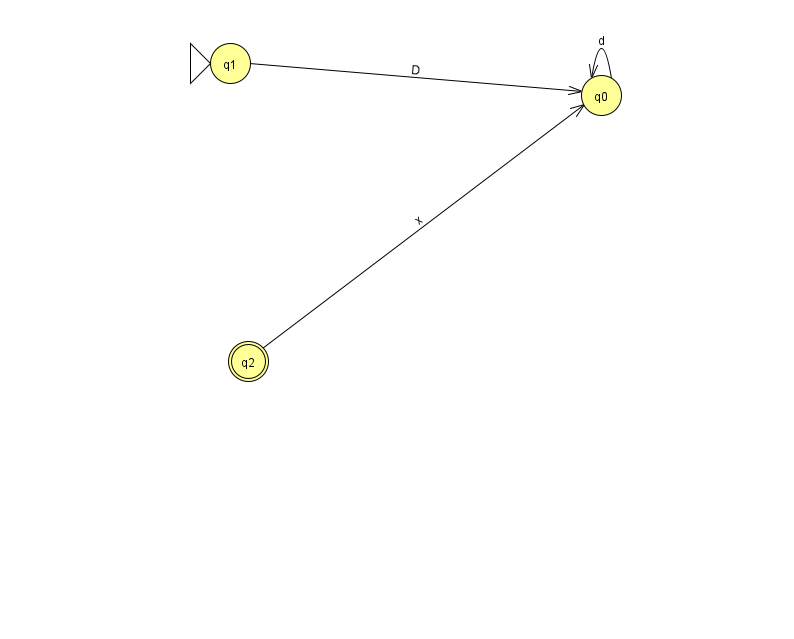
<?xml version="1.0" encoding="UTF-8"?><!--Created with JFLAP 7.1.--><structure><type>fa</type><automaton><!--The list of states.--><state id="0" name="q0"><x>601.0</x><y>82.0</y></state><state id="1" name="q1"><x>230.0</x><y>50.0</y><initial/></state><state id="2" name="q2"><x>248.0</x><y>348.0</y><final/></state><!--The list of transitions.--><transition><from>0</from><to>0</to><read>d</read></transition><transition><from>2</from><to>0</to><read>x</read></transition><transition><from>1</from><to>0</to><read>D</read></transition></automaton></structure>